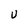
Character: U